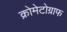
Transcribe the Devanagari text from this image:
क्रोमेटोग्राफ